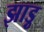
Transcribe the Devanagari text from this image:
झाड़ु